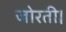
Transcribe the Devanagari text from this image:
जोरती।